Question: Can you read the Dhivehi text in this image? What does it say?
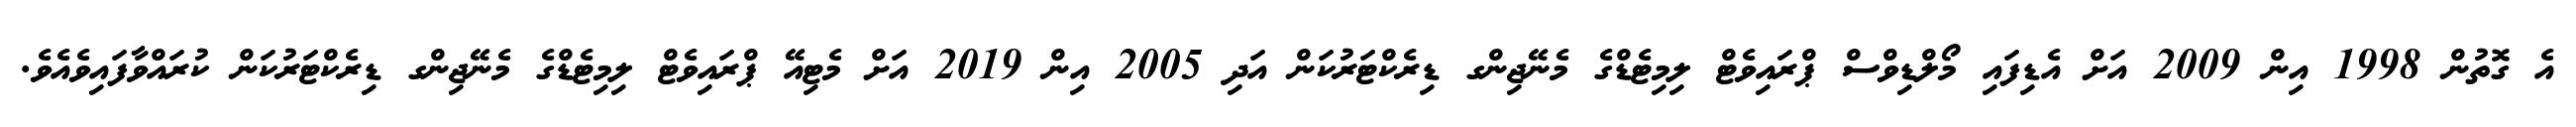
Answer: އެ ގޮތުން 1998 އިން 2009 އަށް އެޑިފައި މޯލްޑިވްސް ޕްރައިވެޓް ލިމިޓެޑްގެ މެނޭޖިންގ ޑިރެކްޓަރުކަން އަދި 2005 އިން 2019 އަށް މެޓިއޭ ޕްރައިވެޓް ލިމިޓެޑްގެ މެނޭޖިންގ ޑިރެކްޓަރުކަން ކުރައްވާފައިވެއެވެ.